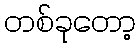
တစ်ခုတော့